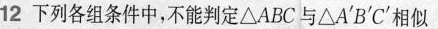
12下列各组条件中，不能判定\bigtriangleup ABC与\bigtriangleup